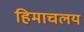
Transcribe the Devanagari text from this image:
हिमाचलय